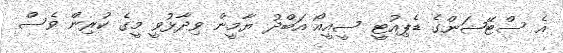
އެ ސްޓޭޝަންގެ ޑެޕިއުޓީ ސީއީއޯ އަބްދު ޔާމީން ވިދާޅުވީ މީގެ ކުރިން ވެސް